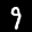
Label: 9